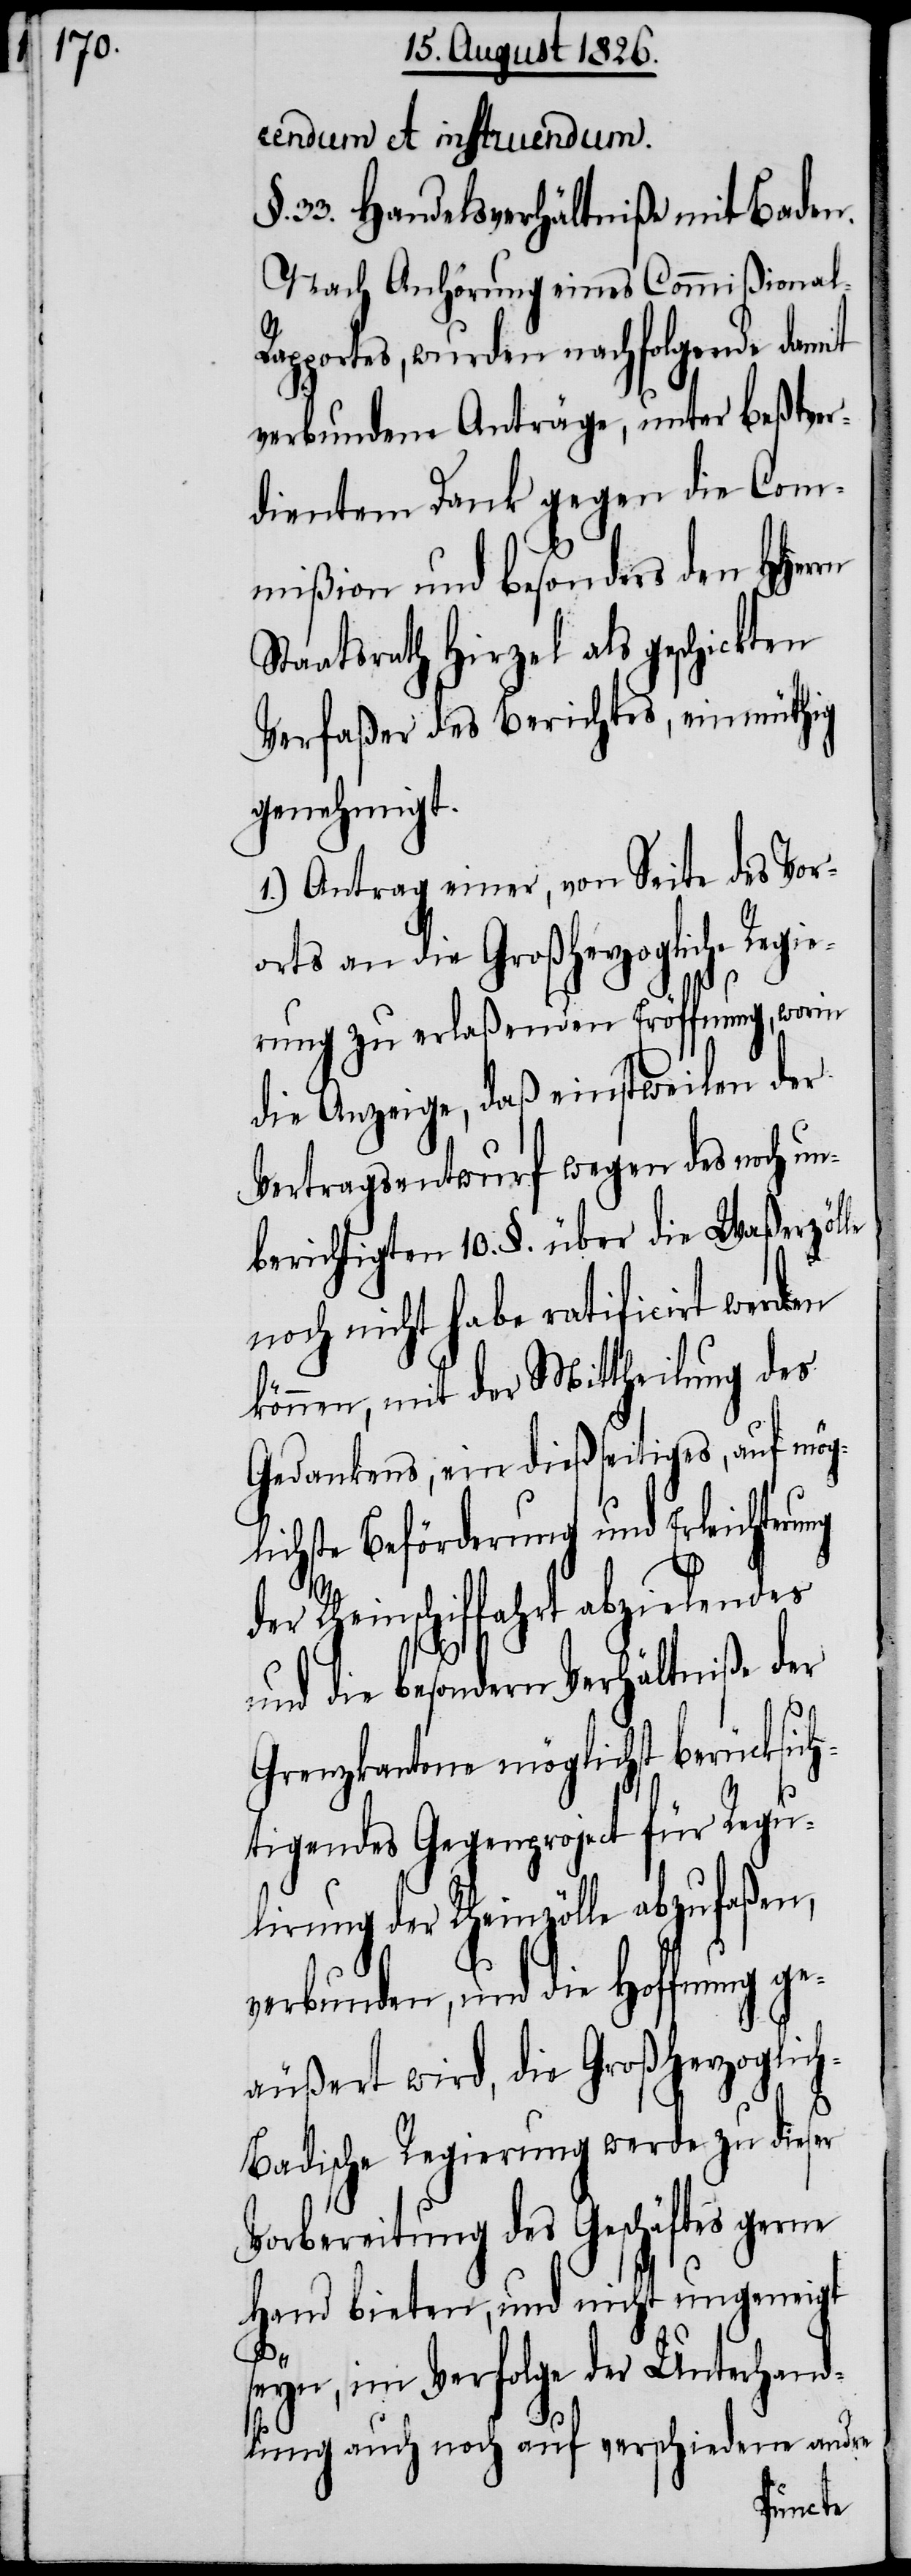
rendum et instruendum.
33. Handelsverhältniße mit Baden.
Nach Anhörung eines Commißional-R¬
apportes, wurden nachfolgende damit
verbundene Anträge, unter beßtver¬
dientem Dank gegen die Com¬
mißion und besonders den HHer¬
Staatsrath Hirzel als geschickten
Verfaßer des Berichtes, einmüthig
genehmigt.
1.) Antrag einer, von Seite des Vor¬
orts an die Großherzogliche
rung zu erlaßenden Eröffnung, worin
die Anzeige, daß einstweilen der
Vertragsentwurf wegen des noch un¬
berichtigten 10. §. über die Waßerzölle
noch nicht habe ratificirt werden
können, mit der Mittheilung des
Gedankens, ein dießseitiges, auf mög¬
lichste Beförderung und Erleichterung
Rheinschiffahrt abzielendes
und die besondern Verhältniße der
Grenzkantone möglichst berücksich¬
tigendes Gegenproject für Regu¬
lirung der Rheinzölle abzufaßen,
verbunden, und die Hoffnung ge¬
äußert wird, die Großherzoglic¬
h-Badische Regierung werde zu dieser
Vorbereitung des Geschäftes gerne
Hand bieten, und nicht ungeneigt
rn
seyn, im Verfolge der Unterhand¬
lung auch noch auf verschiedene andre
Regie¬